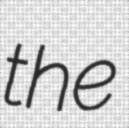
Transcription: the